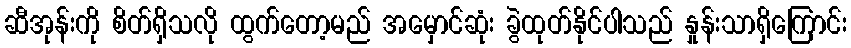
ဆီအုန်းကို စိတ်ရှိသလို ထွက်တော့မည် အမှောင်ဆုံး ခွဲထုတ်နိုင်ပါသည် နှုန်းသာရှိကြောင်း